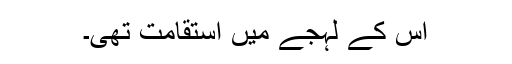
اس کے لہجے میں استقامت تھی۔